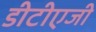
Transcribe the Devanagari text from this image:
डीटीएजी